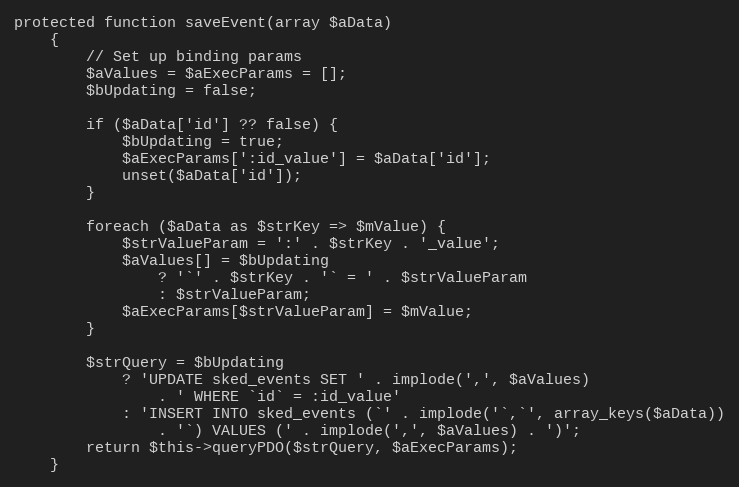
Language: PHP
protected function saveEvent(array $aData)
    {
        // Set up binding params
        $aValues = $aExecParams = [];
        $bUpdating = false;

        if ($aData['id'] ?? false) {
            $bUpdating = true;
            $aExecParams[':id_value'] = $aData['id'];
            unset($aData['id']);
        }

        foreach ($aData as $strKey => $mValue) {
            $strValueParam = ':' . $strKey . '_value';
            $aValues[] = $bUpdating
                ? '`' . $strKey . '` = ' . $strValueParam
                : $strValueParam;
            $aExecParams[$strValueParam] = $mValue;
        }

        $strQuery = $bUpdating
            ? 'UPDATE sked_events SET ' . implode(',', $aValues)
                . ' WHERE `id` = :id_value'
            : 'INSERT INTO sked_events (`' . implode('`,`', array_keys($aData))
                . '`) VALUES (' . implode(',', $aValues) . ')';
        return $this->queryPDO($strQuery, $aExecParams);
    }